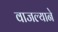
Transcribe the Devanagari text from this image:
वाजल्याने